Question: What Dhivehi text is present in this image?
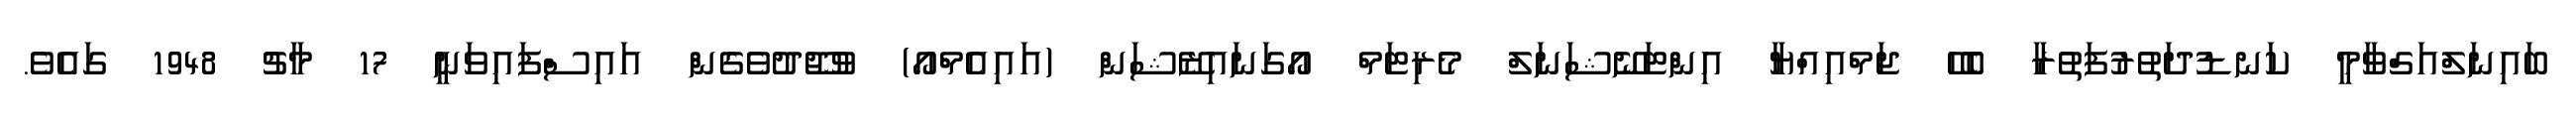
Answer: ބައިނަލްއަގްވާމީ ކަނޑުދަތުރުފަތުރާ ބެހޭ ޖަމްއިއްޔާ އިންޓަނޭޝަނަލް މެރިޓަމް އޯގަނައިޒޭޝަން (އައިއެމްއޯ) ވުޖޫދުވެގެން އައިސްފައިވަނީ 17 މާޗު 1948 ގައެވެ.